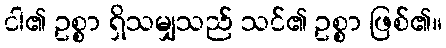
ငါ၏ ဥစ္စာ ရှိသမျှသည် သင်၏ ဥစ္စာ ဖြစ်၏။